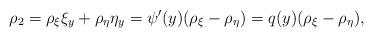
LaTeX: \begin{align*}\rho_{2}=\rho_{\xi}\xi_y+\rho_{\eta}\eta_y=\psi'(y)(\rho_{\xi}-\rho_{\eta})=q(y)(\rho_{\xi}-\rho_{\eta}),\end{align*}